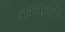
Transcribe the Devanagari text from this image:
अग्नावती